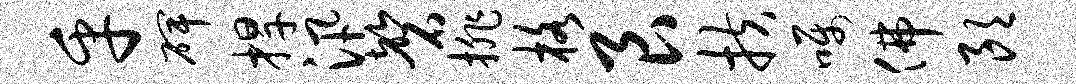
乎碑捍汛磬排格艮扶嘱佛朗